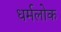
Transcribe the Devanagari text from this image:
धर्मलोक